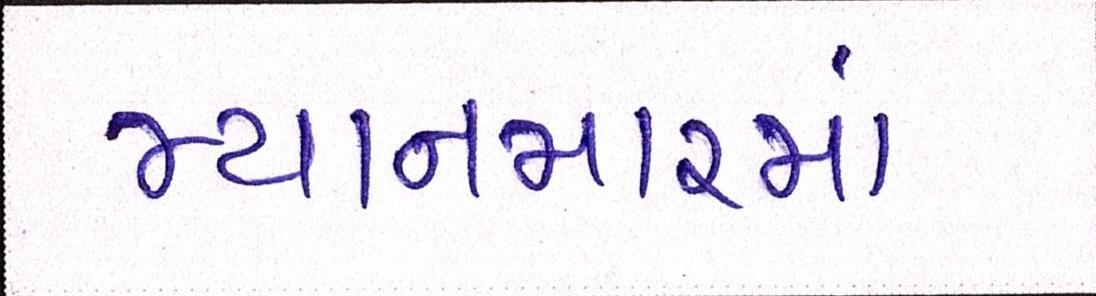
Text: મ્યાનમારમાં